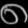
Digit: ၈